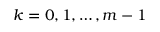
k = 0 , 1 , \ldots , m - 1